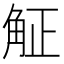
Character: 𧣠